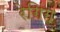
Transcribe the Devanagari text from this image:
रेगिंग